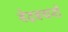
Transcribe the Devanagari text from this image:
वेदवचनों